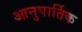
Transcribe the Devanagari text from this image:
आनुपार्तिक